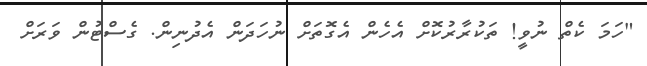
"ހަމަ ކެތް ނުވީ! ތަކުރާރުކޮށް އެހެން އެގޮތަށް ނުހަދަން އެދުނިން. ގެސްޓުން ވަރަށް